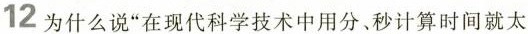
12 为什么说“在现代科学技术中用分、秒计算时间就太